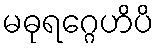
မဓုရဂ္ဂေဟိပိ